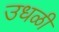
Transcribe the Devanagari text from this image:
उधळी